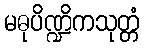
မဓုပိဏ္ဍိကသုတ္တံ